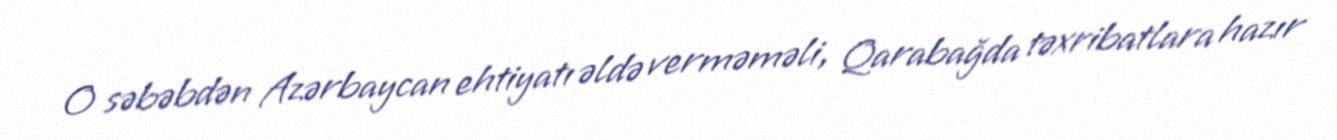
O səbəbdən Azərbaycan ehtiyatı əldə verməməli, Qarabağda təxribatlara hazır